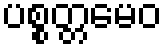
ပစ္စတ္တမေဝ